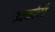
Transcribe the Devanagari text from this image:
उल्कांची